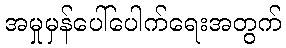
အမှုမှန်ပေါ်ပေါက်ရေးအတွက်